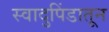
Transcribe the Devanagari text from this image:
स्वादुपिंडातून